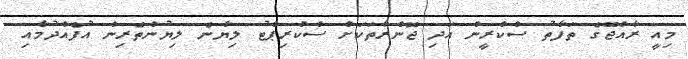
މިއީ ރާއްޖޭގެ ތަފާތު ސްކްރީން އަދި ޖޮންރާތަކަށް ސްކްރިޕްޓު ލިޔާނެ ލިޔުންތެރިން އުފެއްދުމާއި